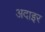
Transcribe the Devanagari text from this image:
अदाइर